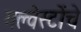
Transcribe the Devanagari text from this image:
गल्वेस्टोंचे